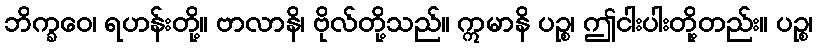
ဘိက္ခဝေ၊ ရဟန်းတို့။ ဗာလာနိ၊ ဗိုလ်တို့သည်။ ဣမာနိ ပဉ္စ၊ ဤငါးပါးတို့တည်း။ ပဉ္စ၊